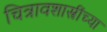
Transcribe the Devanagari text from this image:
चित्रावशास्त्रींच्या